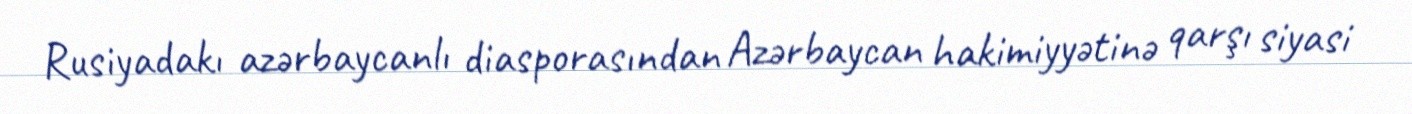
Rusiyadakı azərbaycanlı diasporasından Azərbaycan hakimiyyətinə qarşı siyasi